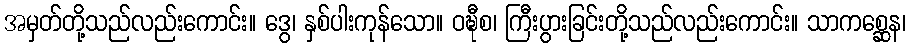
အမှတ်တို့သည်လည်းကောင်း။ ဒွေ၊ နှစ်ပါးကုန်သော။ ဝဍ္ဎီစ၊ ကြီးပွားခြင်းတို့သည်လည်းကောင်း။ သာကစ္ဆေန၊